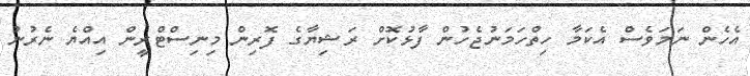
އެހެން ނަމަވެސް އެކަމާ ހިތްހަމަނުޖެހުން ފާޅުކޮށް ރަޝިޔާގެ ފޮރިން މިނިސްޓްރީން އިއްޔެ ނެރުނު